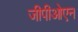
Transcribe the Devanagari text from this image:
जीपीओएन